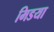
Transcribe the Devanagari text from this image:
मिडया